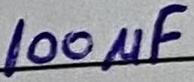
Text: 100µF